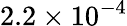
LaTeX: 2.2\times 10^{-4}